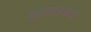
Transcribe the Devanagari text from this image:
शेतकर्‍यास